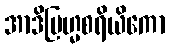
အာဒိဗြဟ္မစရိယိကော